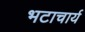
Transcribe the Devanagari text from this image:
भटाचार्य